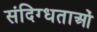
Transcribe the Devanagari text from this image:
संदिग्धताओं